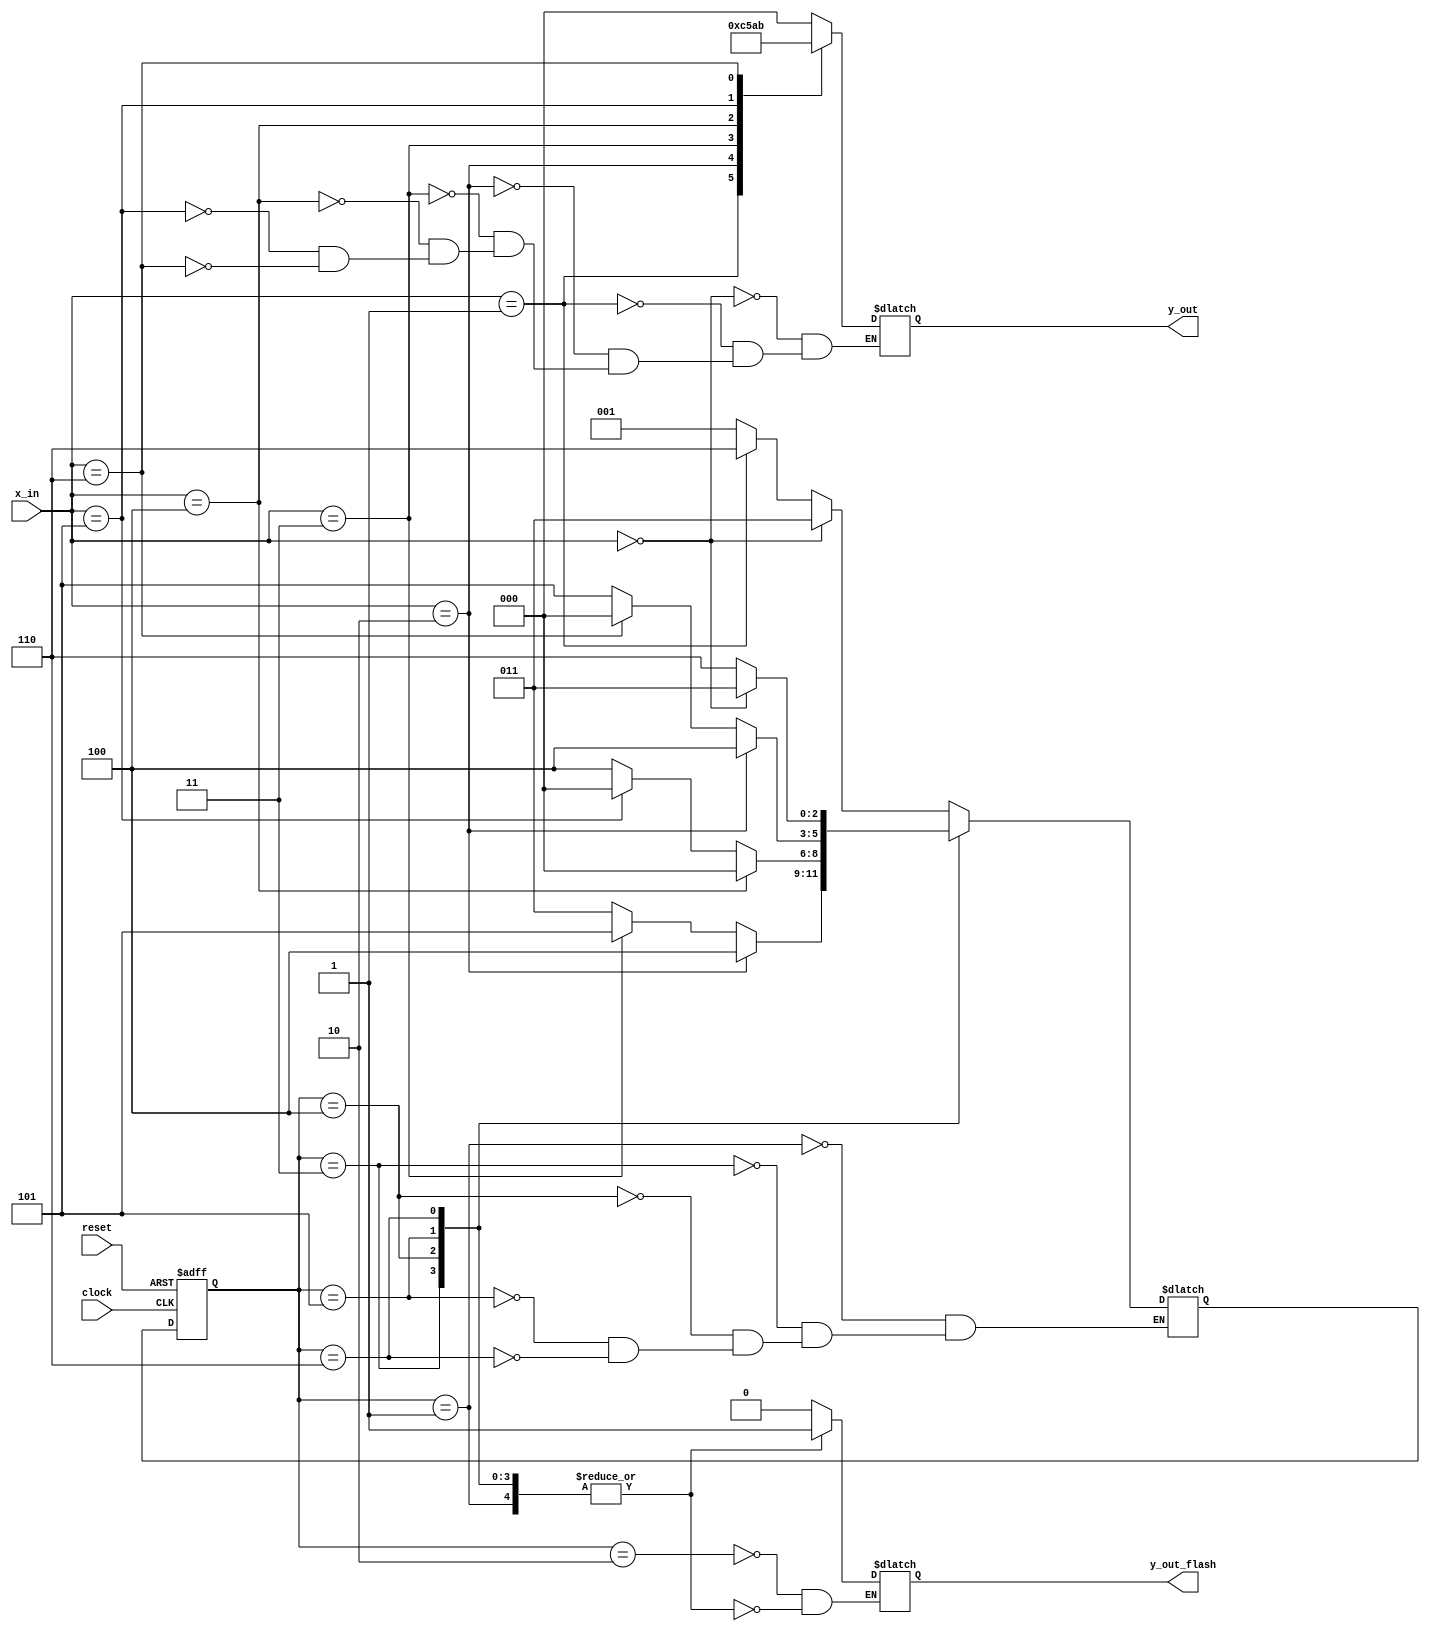
module Atm_machine(output reg [2:0] y_out,
		   output reg y_out_flash,
			 input [2:0] x_in, 
			 input clock, reset);
	reg [2:0] state,next_state;
	parameter S0=3'b000,S1=3'b001,S2=3'b010,S3=3'b011,S4=3'b100,S5=3'b101,S6=3'b110;
	parameter I1=3'b000,I2=3'b001,I3=3'b010,I4=3'b011,I5=3'b100,I6=3'b101,I7=3'b110;
	parameter Z1=3'b000,Z2=3'b001,Z3=3'b010,Z4=3'b011,Z5=3'b100,Z6=3'b101,Z7=3'b110;
	always @(posedge clock, negedge reset)
		if(reset==0) state<=S0;
		else state<=next_state;

	always @(state,x_in)
		case(state)
			S1 : if(x_in==I1) next_state=S3; else if(x_in==I2) next_state=S6; else next_state=S1;
			S3 : if(x_in==I3) next_state=S4; else if(x_in==I4) next_state=S5; else next_state=S3;
			S4 : if(x_in==I5) next_state=S0; else if(x_in==I6) next_state=S0; else next_state=S4;
			S5 : if(x_in==I3) next_state=S4; else if(x_in==I7) next_state=S0; else next_state=S5;
			S6 : if(x_in==I1) next_state=S3; else next_state=S6;
		endcase

	always @(state,x_in)
		case(x_in)
			I1: y_out=Z1;
			I2: y_out=Z2;
			I3: y_out=Z5;
			I4: y_out=Z3;
			I5: y_out=Z7;
			I6: y_out=Z6;
			I7: y_out=Z4;
		endcase
	always @(state,x_in)		
		case(state)
			S2: y_out_flash=1'b0;
			S1,S3,S4,S5,S6: y_out_flash=1'b1;
		endcase
	

endmodule